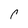
Character: r